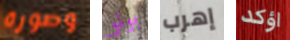
وصورة بونو إهرب اؤكد